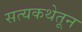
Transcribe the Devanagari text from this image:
सत्यकथेतून